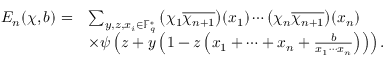
\begin{array} { r l } { E _ { n } ( \chi , b ) = } & { \sum _ { y , z , x _ { i } \in \mathbb { F } _ { q } ^ { * } } \left( \chi _ { 1 } \overline { { \chi _ { n + 1 } } } \right) \! ( x _ { 1 } ) \cdots \left( \chi _ { n } \overline { { \chi _ { n + 1 } } } \right) \! ( x _ { n } ) } \\ & { \times \psi \left( z + y \left( 1 - z \left( x _ { 1 } + \cdots + x _ { n } + \frac { b } { x _ { 1 } \cdots x _ { n } } \right) \right) \right) . } \end{array}